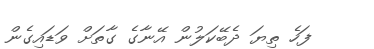
ފަހެ ތިޔަ ދެބޭކަލުން އޭނާގެ ގާތަށް ވަޑައިގެން